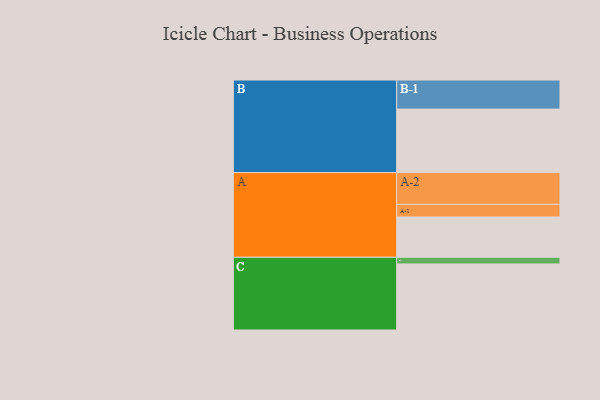
{"axis": {"x": "Segment", "y": "Value"}, "legend": ["", "A", "B", "C"], "data": [{"x": "A", "y": 331, "type": ""}, {"x": "B", "y": 521, "type": ""}, {"x": "C", "y": 542, "type": ""}, {"x": "A-1", "y": 103, "type": "A"}, {"x": "A-2", "y": 261, "type": "A"}, {"x": "B-1", "y": 239, "type": "B"}, {"x": "C-1", "y": 55, "type": "C"}]}